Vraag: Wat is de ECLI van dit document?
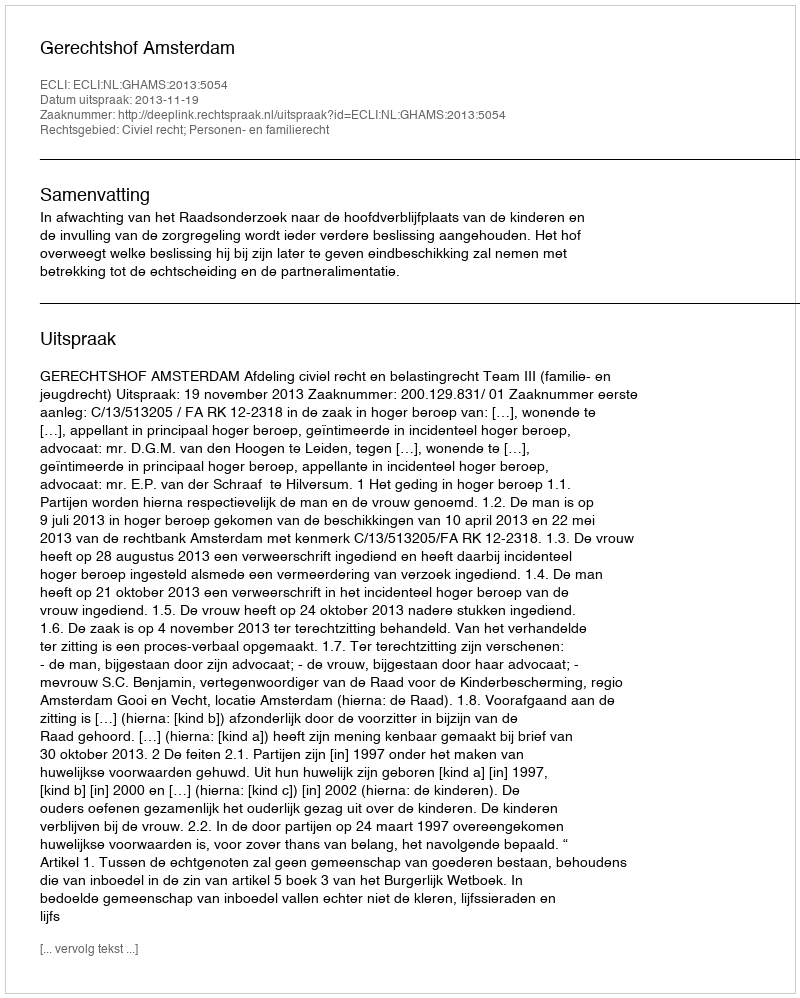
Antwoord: ECLI:NL:GHAMS:2013:5054